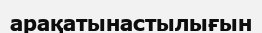
арақатынастылығын